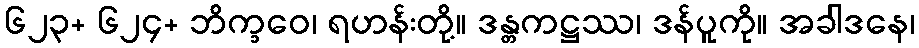
၆၂၃+ ၆၂၄+ ဘိက္ခဝေ၊ ရဟန်းတို့။ ဒန္တကဋ္ဌဿ၊ ဒန်ပူကို။ အခါဒနေ၊